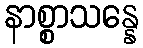
နာစ္စာသန္နေ